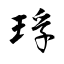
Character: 琈